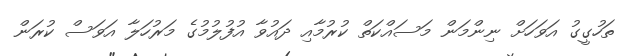
ތަހުގީގު އަވަހަށް ނިންމަން މަސައްކަތް ކުރުމާއި ދައުވާ އުފުލުމުގެ މަރުހަލާ އަވަސް ކުރަން